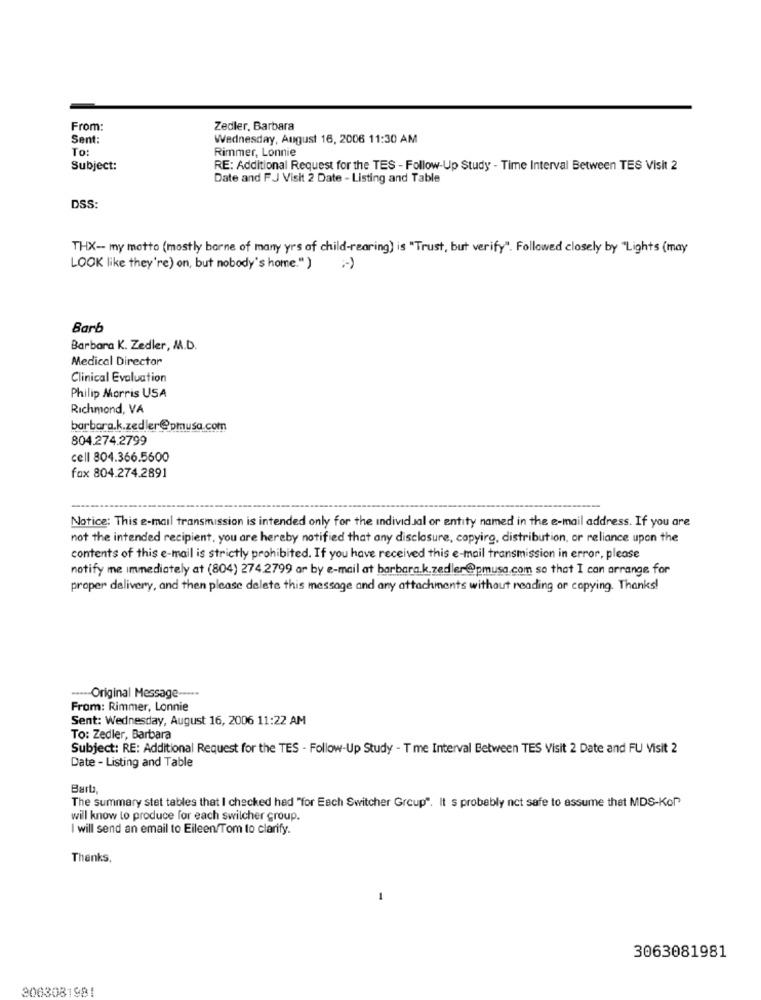
From:
Zedler, Barbara
Sent:
Wednesday, August 16, 2006 11:30 AM
To:
Rimmer, Lonnie
Subject:
RE: Additional Request for the TES - Follow-Up Study - Time Interval Between TES Visit 2
Date and FJ Visit 2 Date - Listing and Table
DSS:
THX -- my motto (mostly borne of many yrs of child-rearing) is "Trust, but verify". Followed closely by "Lights (may
LOOK like they're) on, but nobody's home.") ;- )
Barb
Barbara K. Zedler, M.D.
Medical Director
Clinical Evaluation
Philip Morris USA
Richmond, VA
barbara.k.zedler@pmusa.com
804.274.2799
cell 804.366.5600
fax 804.274.2891
Notice: This e-mail transmission is intended only for the individual or entity named in the e-mail address. If you are
not the intended recipient, you are hereby notified that any disclosure, copying, distribution, or reliance upon the
contents of this e-mail is strictly prohibited. If you have received this e-mail transmission in error, please
notify me immediately at (804) 274.2799 ar by e-mail at barbara.k.zedler@pmusa.com so that I can arrange for
proper delivery, and then please delete this message and any attachments without reading or copying. Thanks!
----- Original Message --...
From: Rimmer, Lonnie
Sent: Wednesday, August 16, 2006 11:22 AM
To: Zedler, Barbara
Subject: RE: Additional Request for the TES - Follow-Up Study - T me Interval Between TES Visit 2 Date and FU Visit 2
Date - Listing and Table
Bart,
The summary stet tables that I checked had "for Each Switcher Group". It s probably not safe to assume that MDS-Kor"
will know to produce for each swilcher group.
I will send an email to Eileen/Tom to clarify.
Thanks,
3063081981
3063081981